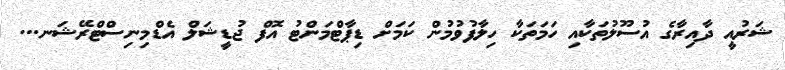
ޝަރުއީ ދާއިރާގެ އުސޫލުތަކާއި ހަމަތަކާ ހިލާފުވުމުން ކަމަށް ޑިޕާޓްމަންޓު އޮފް ޖުޑީޝަލް އެޑްމިނިސްޓްރޭޝަނ...